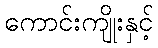
ကောင်းကျိုးနှင့်